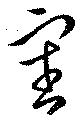
審